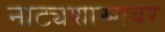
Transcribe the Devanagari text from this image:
नाट्यशास्त्रावर